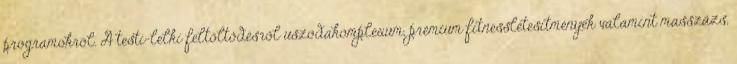
programokról. A testi-lelki feltöltődésről uszodakomplexum, prémium fitnesslétesítmények valamint masszázs,